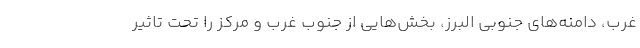
غرب، دامنه‌های جنوبی البرز، بخش‌هایی از جنوب غرب و مرکز را تحت تاثیر